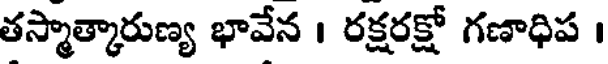
తస్మాత్కారుణ్య భావేన । రక్షరక్షో గణాధిప ।